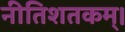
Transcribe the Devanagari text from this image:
नीतिशतकम्।